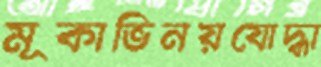
মূকাভিনয়যোদ্ধা